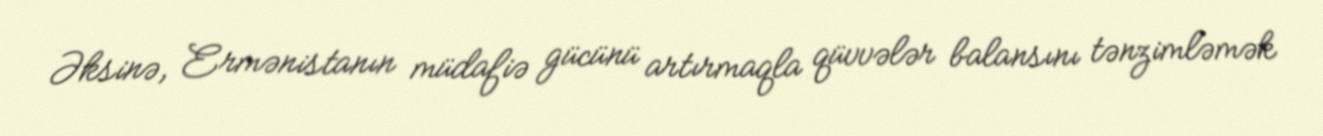
Əksinə, Ermənistanın müdafiə gücünü artırmaqla qüvvələr balansını tənzimləmək